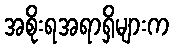
အစိုးရအရာရှိများက